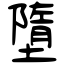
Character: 墮